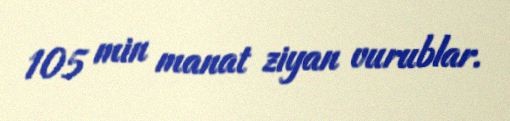
105 min manat ziyan vurublar.